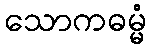
သောကဓမ္မံ